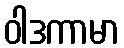
ဝါဒကာမာ